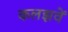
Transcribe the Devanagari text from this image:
कलझवें